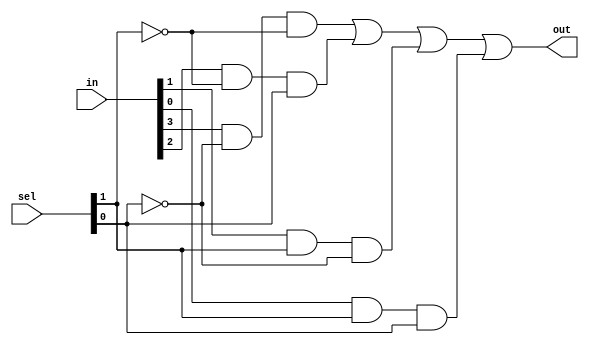
module mux4to1_gate(out,in,sel);
input [0:3] in;
input [0:1] sel;
output out;
wire a,b,c,d,n1,n2,a1,a2,a3,a4;
not n(n1,sel[1]);
not nn(n2,sel[0]);
and (a1,in[0],n1,n2);
and (a2,in[1],n2,sel[1]);
and (a3,in[2],sel[0],n1);
and (a4,in[3],sel[0],sel[1]);
or or1(out,a1,a2,a3,a4);
endmodule